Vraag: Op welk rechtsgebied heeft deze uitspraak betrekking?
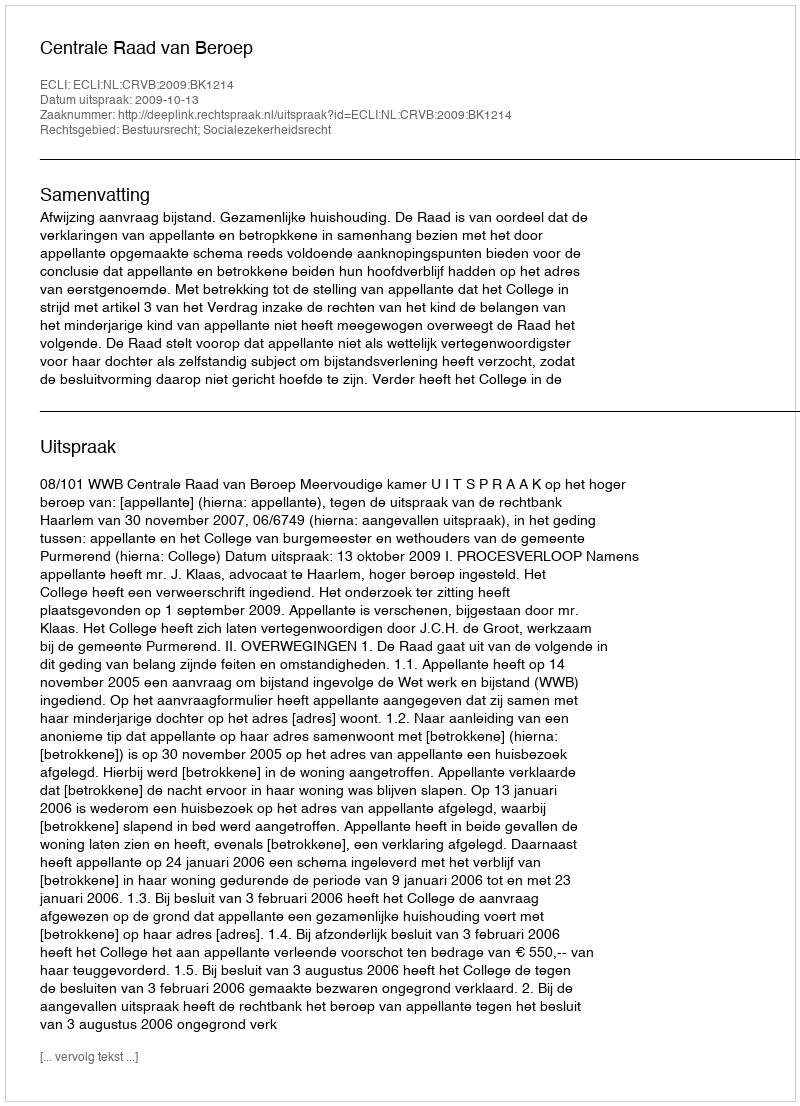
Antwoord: Bestuursrecht; Socialezekerheidsrecht